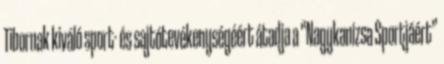
Tibornak kiváló sport- és sajtótevékenységéért átadja a “Nagykanizsa Sportjáért”